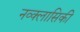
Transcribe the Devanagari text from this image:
नव्क्लासिकी